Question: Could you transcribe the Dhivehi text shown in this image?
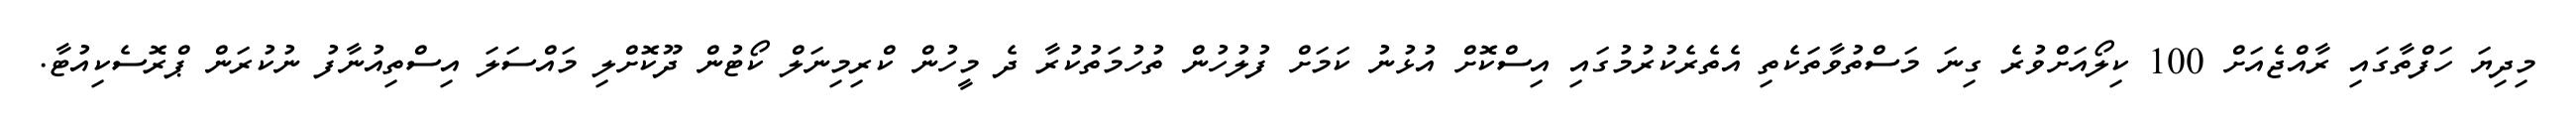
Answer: މިދިޔަ ހަފްތާގައި ރާއްޖެއަށް 100 ކިލޯއަށްވުރެ ގިނަ މަސްތުވާތަކެތި އެތެރެކުރުމުގައި އިސްކޮށް އުޅުނު ކަމަށް ފުލުހުން ތުހުމަތުކުރާ ދެ މީހުން ކްރިމިނަލް ކޯޓުން ދޫކޮށްލި މައްސަލަ އިސްތިއުނާފު ނުކުރަން ޕްރޮސެކިއުޓާ.